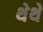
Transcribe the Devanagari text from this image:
थेथे